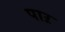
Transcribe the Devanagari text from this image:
पाऱ